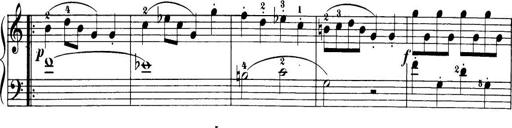
Title: 32 Sonatinas and Rondos for the Piano
Composer: Richard Kleinmichel